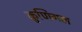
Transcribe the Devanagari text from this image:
कुणिगल